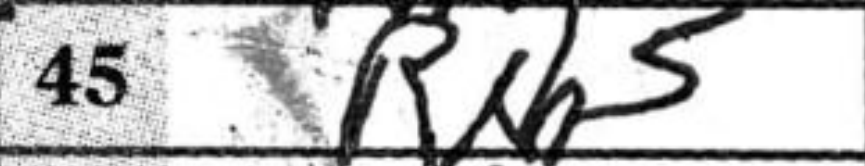
Transcription: Rxh5